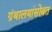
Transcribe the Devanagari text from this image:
ग्रंथालयांसोबत